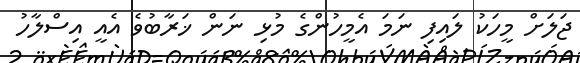
ޖަލަށް މީހަކު ލައިފި ނަމަ އެމީހުންގެ މުޅި ނަން ޚަރާބުވެ އެއީ އިސްލާހު